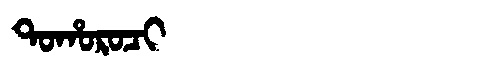
Manchu: ᡨᠣᡥᠣᡵᠣᠴᡳ
Romanization: TOHOROCI